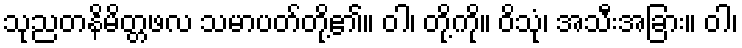
သုညတနိမိတ္တဖလ သမာပတ်တို့၏။ ဝါ၊ တို့ကို။ ဝိသုံ၊ အသီးအခြား။ ဝါ၊